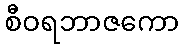
စီဝရဘာဇကော